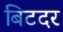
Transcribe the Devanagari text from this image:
बिटदर